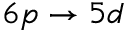
6 p \rightarrow 5 d